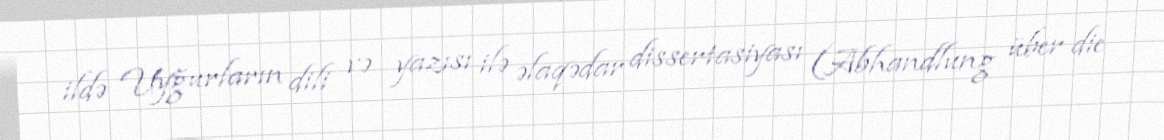
ildə Uyğurların dili və yazısı ilə əlaqədar dissertasiyası (Abhandlung über die